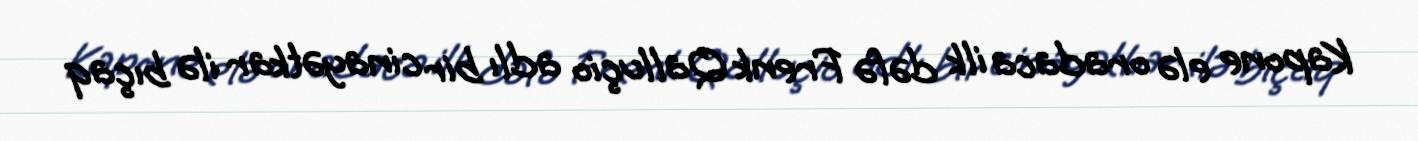
Kapone elə oradaca ilk dəfə Frenk Qalluçio adlı bir cinayətkar ilə bıçaq